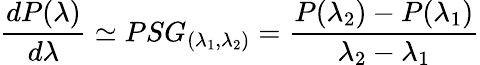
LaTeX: \frac{dP(\lambda)}{d\lambda}\simeq PSG_{(\lambda_{1},\lambda_{2})}=\frac{P(\lambda_{2})-P(\lambda_{1})}{\lambda_{2}-\lambda_{1}}